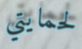
لحمايتي